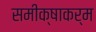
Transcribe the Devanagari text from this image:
समीक्षाकर्म